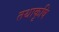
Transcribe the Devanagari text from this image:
तथाकृषि